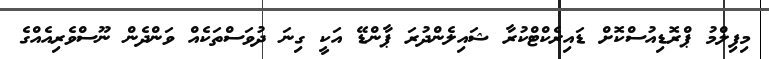
މިފިލްމު ޕްރޮޑިއުސްކޮށް ޑައިރެކްޓްކުރާ ޝައިލެންދުރަ ޕާންޑޭ އަކީ ގިނަ ދުވަސްތަކެއް ވަންދެން ނޫސްވެރިއެއްގެ